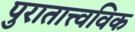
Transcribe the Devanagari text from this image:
पुरातात्त्वविक